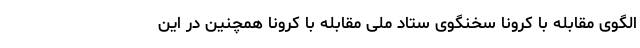
الگوی مقابله با کرونا سخنگوی ستاد ملی مقابله با کرونا همچنین در این